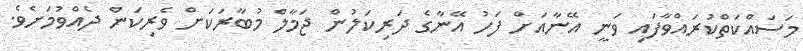
މަސައްކަތްކުރައްވާފައި ވަނީ އޭނާއަށް ފަހު އޭނާގެ ދަރިކަލުން ޖަމާލް މުބާރަކަށް ވެރިކަން ދެއްވުމަށެވެ.